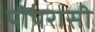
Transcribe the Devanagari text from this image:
पीपरासी